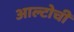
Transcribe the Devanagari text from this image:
आल्टोची